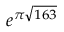
e ^ { \pi { \sqrt { 1 6 3 } } }